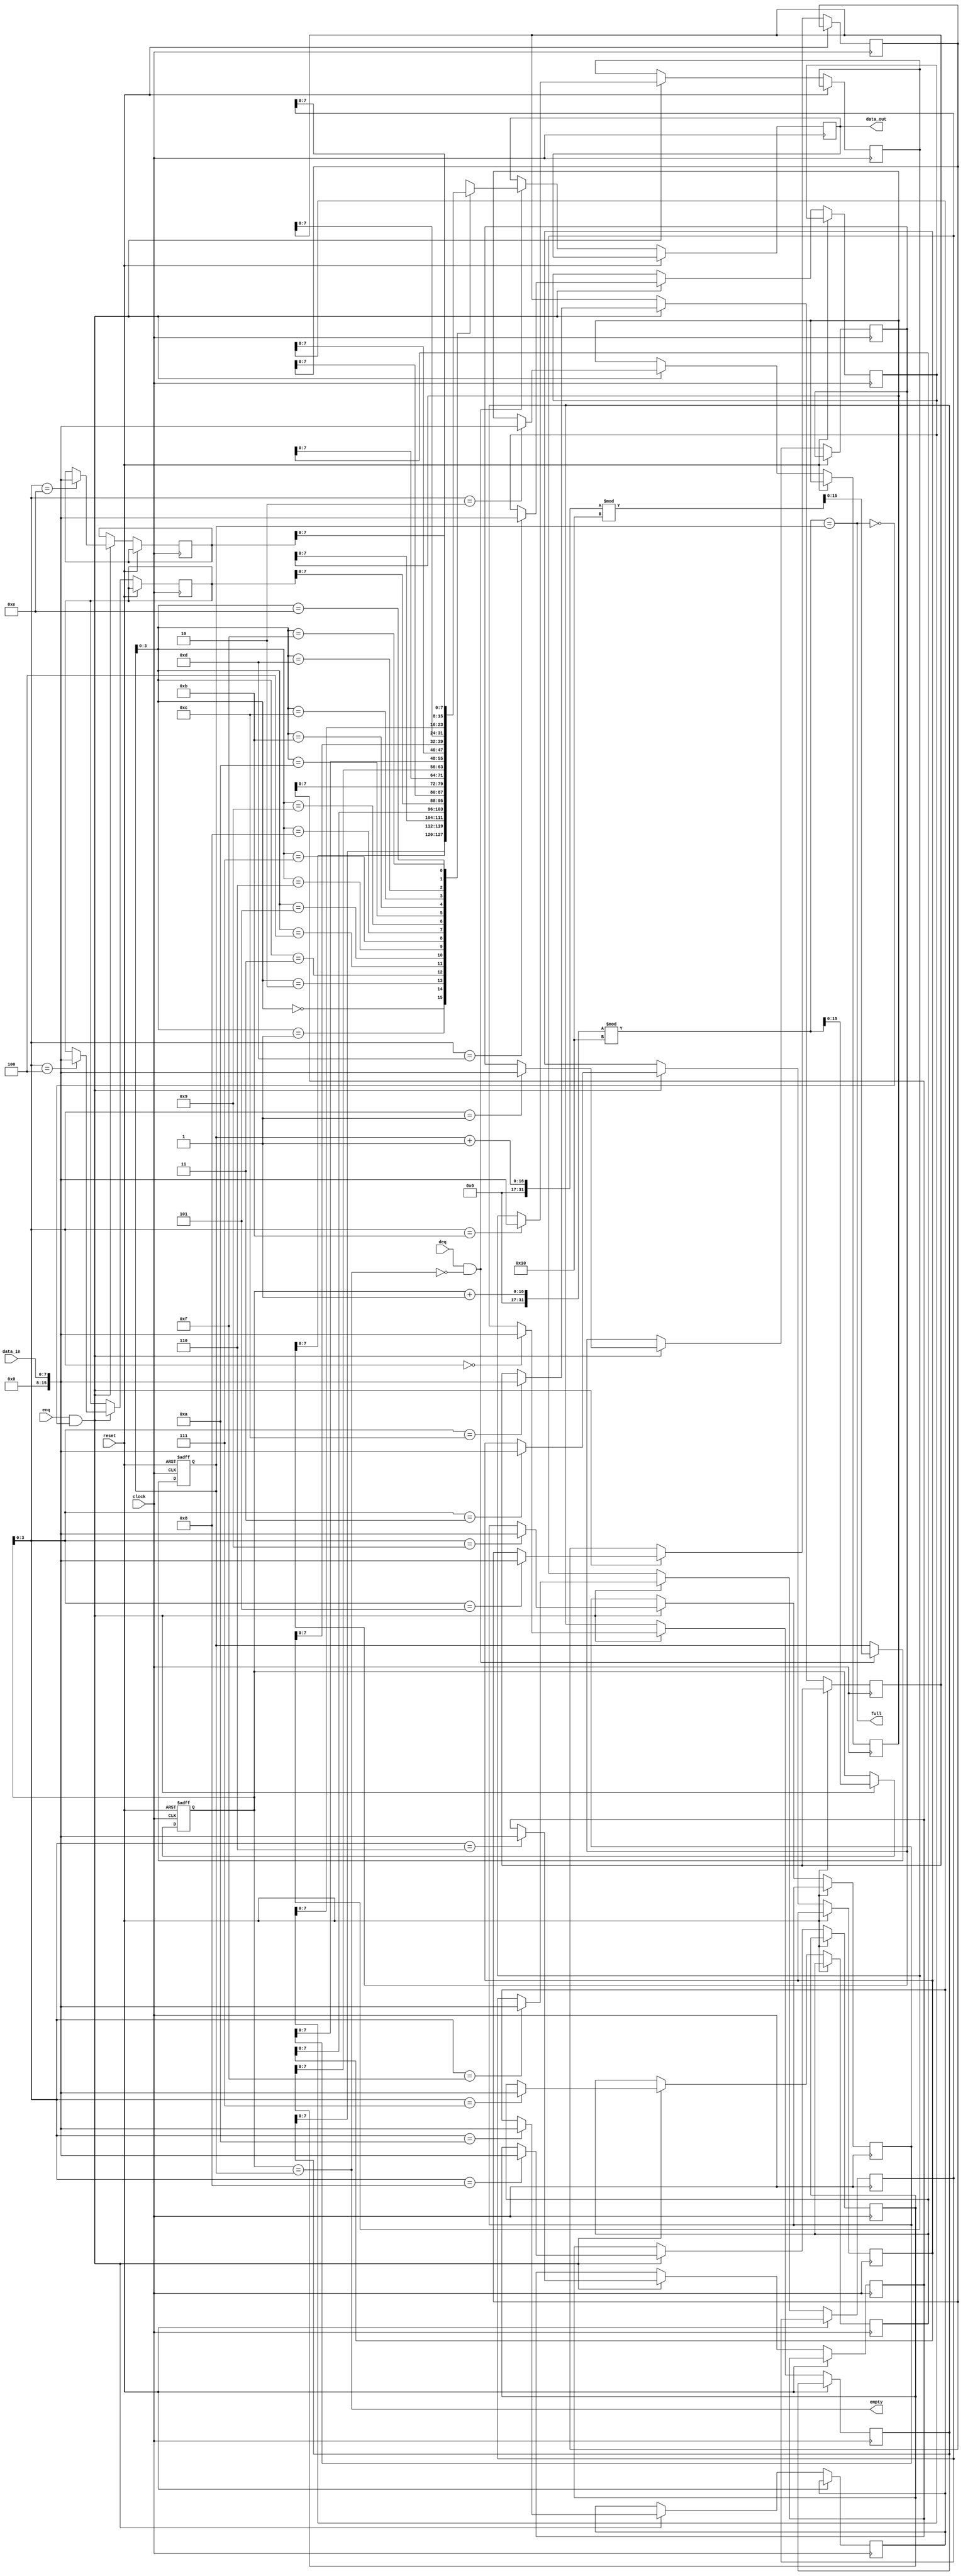
module fifo #
(
  parameter DEPTH = 16,
  parameter DATA_WIDTH = 8
)
(
  input wire clock,
  input wire reset,
  input wire enq,
  input wire deq,
  input wire [DATA_WIDTH-1:0] data_in,
  output reg [DATA_WIDTH-1:0] data_out,
  output wire empty,
  output wire full
);

reg [DEPTH-1:0] mem [0:DEPTH-1];
reg [DEPTH-1:0] write_ptr = 0;
reg [DEPTH-1:0] read_ptr = 0;

assign empty = (write_ptr == read_ptr);
assign full = ((write_ptr + 1) % DEPTH == read_ptr);

always @(posedge clock or posedge reset) begin
  if (reset) begin
    write_ptr <= 0;
    read_ptr <= 0;
  end else begin
    if (enq && !full) begin
      mem[write_ptr] <= data_in;
      write_ptr <= (write_ptr + 1) % DEPTH;
    end
    if (deq && !empty) begin
      data_out <= mem[read_ptr];
      read_ptr <= (read_ptr + 1) % DEPTH;
    end
  end
end

endmodule